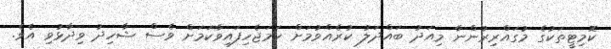
ކޮމިޓީތަކުގެ މުގައްރިރުންނާ މިއަދު ބައްދަލު ކުރެއްވުމަށް ހަމަޖެހިފައިވާކަމަށް ވެސް ޝާހިދު ވިދާޅުވި އެވެ.